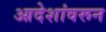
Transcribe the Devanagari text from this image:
आदेशांवरून